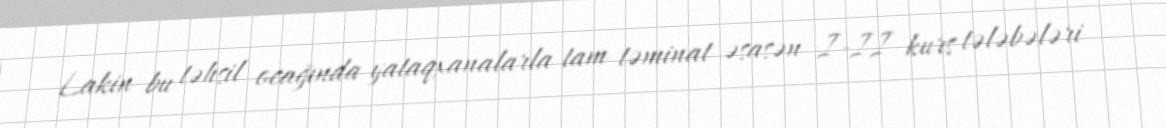
Lakin bu təhsil ocağında yataqxanalarla tam təminat əsasən I-II kurs tələbələri